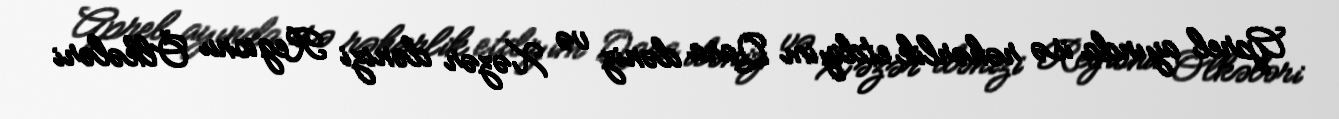
Aprel ayında isə rəhərlik etdiyim Qara dəniz və Xəzər dənizi Regionu Ölkələri